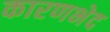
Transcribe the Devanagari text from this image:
कारणभेद